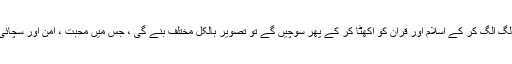
مولوی اور اسلام کو الگ الگ کر کے اسلام اور قران کو اکھٹا کر کے پھر سوچیں گے تو تصویر بالکل مختلف بنے گی ، جس میں محبت ، امن اور سچائی کے رنگ ہو نگے ۔